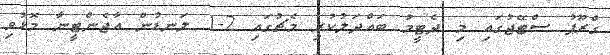
ގްރޫޕު ސްޓޭޖުގައި މި ދެޓީމު ބައްދަލުކުރި މެޗުގައި 2-1 ލަނޑުން އާޖެންޓީނާ މޮޅުވި